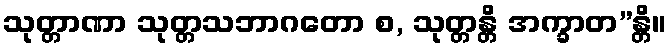
သုတ္တာဏာ သုတ္တသဘာဂတော စ, သုတ္တန္တိ အက္ခာတ”န္တိ။